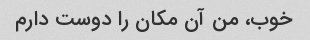
خوب، من آن مکان را دوست دارم